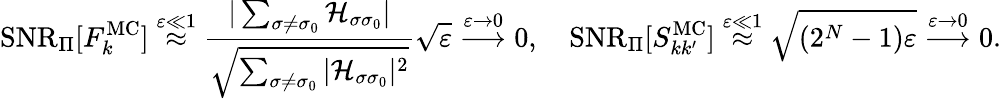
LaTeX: \mathrm{SNR}_{\Pi}[F_{k}^{\mathrm{MC}}]\stackrel{\varepsilon\ll 1}{\approx}\frac{|\sum_{\sigma\neq\sigma_{0}}\mathcal{H}_{\sigma\sigma_{0}}|}{\sqrt{\sum_{\sigma\neq\sigma_{0}}|\mathcal{H}_{\sigma\sigma_{0}}|^{2}}}\sqrt{\varepsilon}\stackrel{\varepsilon\rightarrow 0}{\longrightarrow}0,\quad\mathrm{SNR}_{\Pi}[S_{kk^{\prime}}^{\mathrm{MC}}]\stackrel{\varepsilon\ll 1}{\approx}\sqrt{(2^{N}-1)\varepsilon}\stackrel{\varepsilon\rightarrow 0}{\longrightarrow}0.